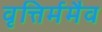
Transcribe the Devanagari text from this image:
वृत्तिर्ममैव